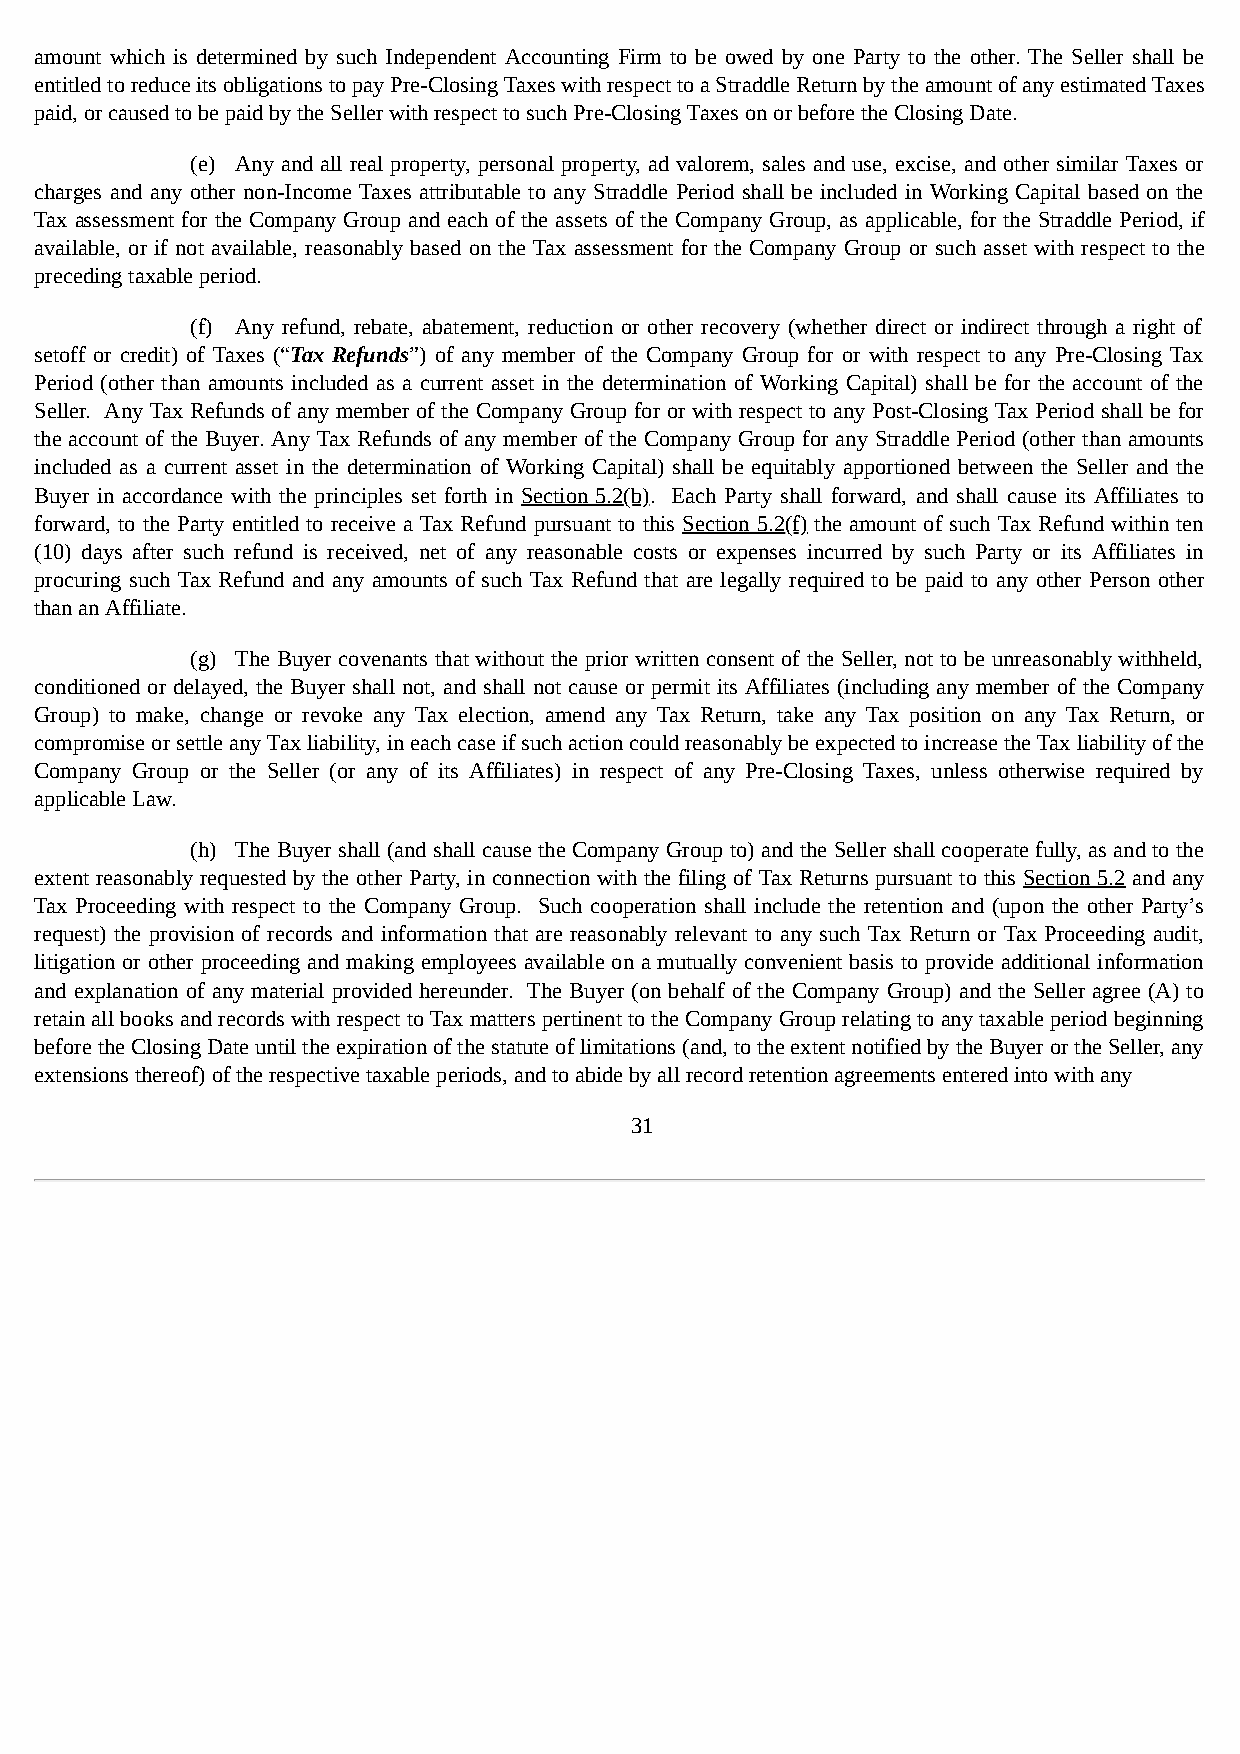
amount which is determined by such Independent Accounting Firm to be owed by one Party to the other. The Seller shall be
 entitled to reduce its obligations to pay Pre-Closing Taxes with respect to a Straddle Return by the amount of any estimated Taxes
 paid, or caused to be paid by the Seller with respect to such Pre-Closing Taxes on or before the Closing Date.
 (e) Any and all real property, personal property, ad valorem, sales and use, excise, and other similar Taxes or
 charges and any other non-Income Taxes attributable to any Straddle Period shall be included in Working Capital based on the
 Tax assessment for the Company Group and each of the assets of the Company Group, as applicable, for the Straddle Period, if
 available, or if not available, reasonably based on the Tax assessment for the Company Group or such asset with respect to the
 preceding taxable period.
 (f) Any refund, rebate, abatement, reduction or other recovery (whether direct or indirect through a right of
 setoff or credit) of Taxes (“Tax Refunds”) of any member of the Company Group for or with respect to any Pre-Closing Tax
 Period (other than amounts included as a current asset in the determination of Working Capital) shall be for the account of the
 Seller. Any Tax Refunds of any member of the Company Group for or with respect to any Post-Closing Tax Period shall be for
 the account of the Buyer. Any Tax Refunds of any member of the Company Group for any Straddle Period (other than amounts
 included as a current asset in the determination of Working Capital) shall be equitably apportioned between the Seller and the
 Buyer in accordance with the principles set forth in Section 5.2(b). Each Party shall forward, and shall cause its Affiliates to
 forward, to the Party entitled to receive a Tax Refund pursuant to this Section 5.2(f) the amount of such Tax Refund within ten
 (10) days after such refund is received, net of any reasonable costs or expenses incurred by such Party or its Affiliates in
 procuring such Tax Refund and any amounts of such Tax Refund that are legally required to be paid to any other Person other
 than an Affiliate.
 (g) The Buyer covenants that without the prior written consent of the Seller, not to be unreasonably withheld,
 conditioned or delayed, the Buyer shall not, and shall not cause or permit its Affiliates (including any member of the Company
 Group) to make, change or revoke any Tax election, amend any Tax Return, take any Tax position on any Tax Return, or
 compromise or settle any Tax liability, in each case if such action could reasonably be expected to increase the Tax liability of the
 Company Group or the Seller (or any of its Affiliates) in respect of any Pre-Closing Taxes, unless otherwise required by
 applicable Law.
 (h) The Buyer shall (and shall cause the Company Group to) and the Seller shall cooperate fully, as and to the
 extent reasonably requested by the other Party, in connection with the filing of Tax Returns pursuant to this Section 5.2 and any
 Tax Proceeding with respect to the Company Group. Such cooperation shall include the retention and (upon the other Party’s
 request) the provision of records and information that are reasonably relevant to any such Tax Return or Tax Proceeding audit,
 litigation or other proceeding and making employees available on a mutually convenient basis to provide additional information
 and explanation of any material provided hereunder. The Buyer (on behalf of the Company Group) and the Seller agree (A) to
 retain all books and records with respect to Tax matters pertinent to the Company Group relating to any taxable period beginning
 before the Closing Date until the expiration of the statute of limitations (and, to the extent notified by the Buyer or the Seller, any
 extensions thereof) of the respective taxable periods, and to abide by all record retention agreements entered into with any
 31